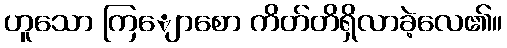
ဟူသော ကြျောစော ကိတ်တိရှိလာခဲ့လေ၏။